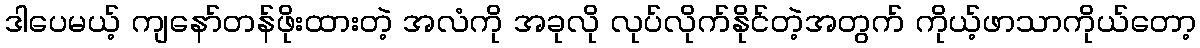
ဒါပေမယ့် ကျနော်တန်ဖိုးထားတဲ့ အလံကို အခုလို လုပ်လိုက်နိုင်တဲ့အတွက် ကိုယ့်ဖာသာကိုယ်တော့